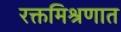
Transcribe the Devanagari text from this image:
रक्तमिश्रणात